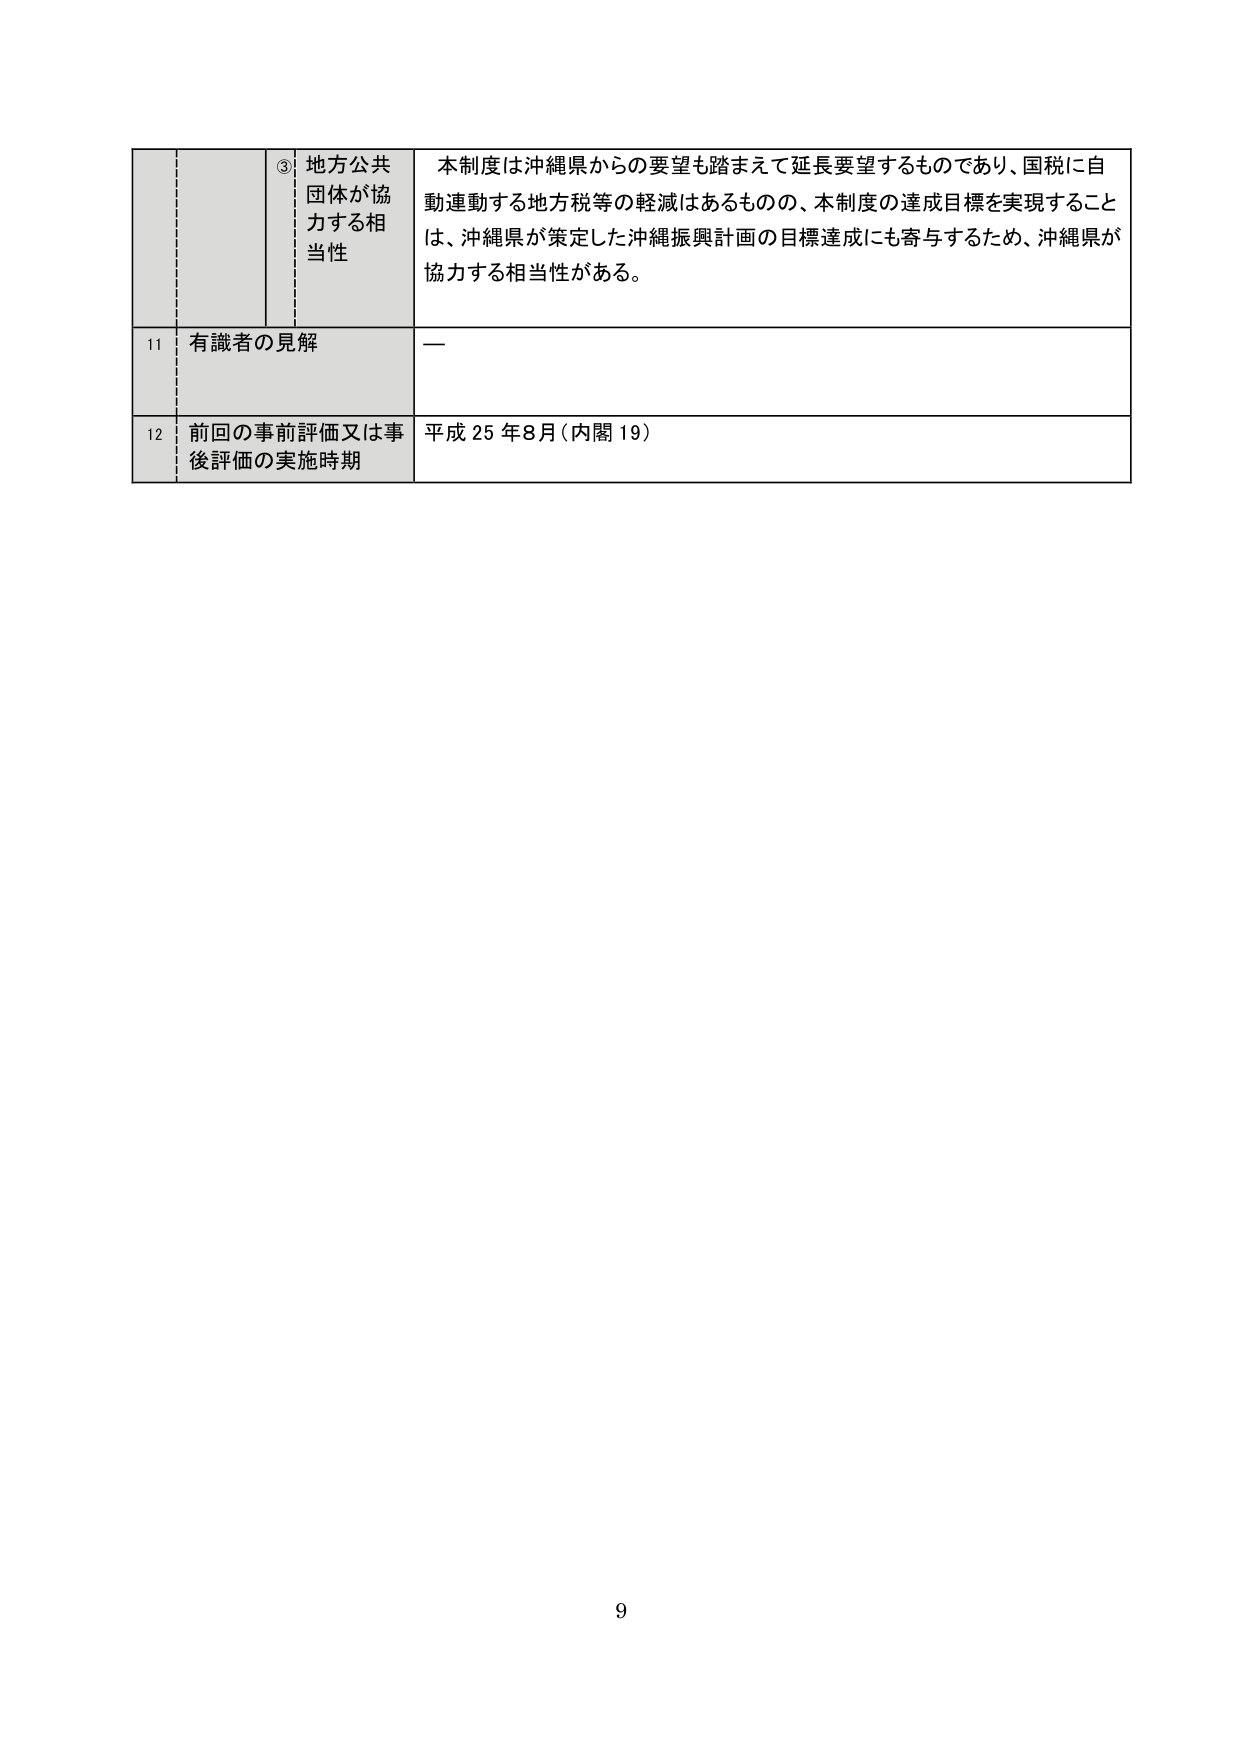
③ 地方公共団体が協力する相当性
本制度は沖縄県からの要望も踏まえて延長要望するものであり、国税に自動連動する地方税等の軽減はあるものの、本制度の達成目標を実現することは、沖縄県が策定した沖縄振興計画の目標達成にも寄与するため、沖縄県が協力する相当性がある。

11 有識者の見解
—

12 前回の事前評価又は事後評価の実施時期
平成25年8月（内閣19）

9